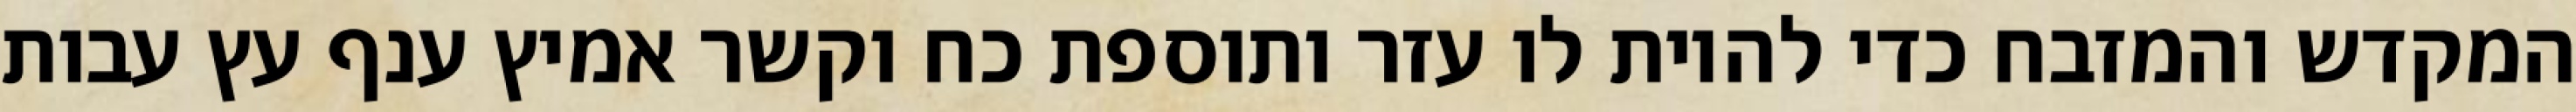
המקדש והמזבח כדי להיות לו עזר ותוספת כח וקשר אמיץ ענף עץ עבות